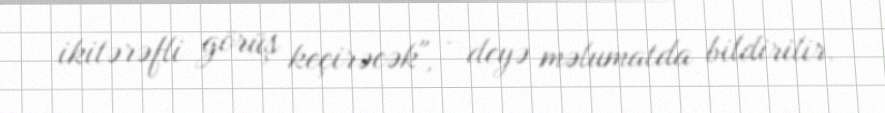
ikitərəfli görüş keçirəcək", - deyə məlumatda bildirilir.